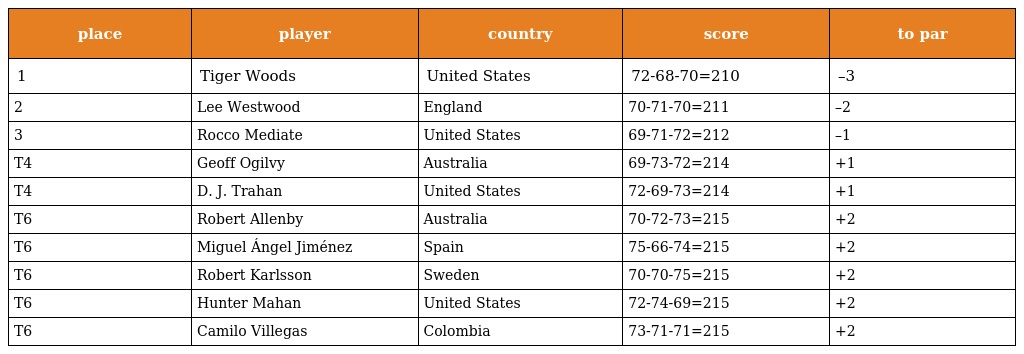
| place | player | country | score | to par |
 | --- | --- | --- | --- | --- |
 | 1 | Tiger Woods | United States | 72-68-70=210 | –3 |
 | 2 | Lee Westwood | England | 70-71-70=211 | –2 |
 | 3 | Rocco Mediate | United States | 69-71-72=212 | –1 |
 | T4 | Geoff Ogilvy | Australia | 69-73-72=214 | +1 |
 | T4 | D. J. Trahan | United States | 72-69-73=214 | +1 |
 | T6 | Robert Allenby | Australia | 70-72-73=215 | +2 |
 | T6 | Miguel Ángel Jiménez | Spain | 75-66-74=215 | +2 |
 | T6 | Robert Karlsson | Sweden | 70-70-75=215 | +2 |
 | T6 | Hunter Mahan | United States | 72-74-69=215 | +2 |
 | T6 | Camilo Villegas | Colombia | 73-71-71=215 | +2 |